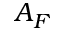
A _ { F }